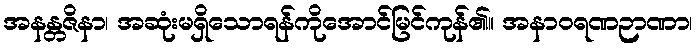
အနန္တဇိနာ၊ အဆုံးမရှိသောရန်ကိုအောင်မြင်ကုန်၏။ အနာဝရဏဉာဏာ၊